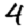
Digit: 4